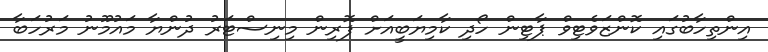
އިންތިހާބުގައި ކޮންޒަވެޓިވް ޕާޓިން ހޯދި ކާމިޔަބީއަށް ފޮރިން މިނިސްޓަރު ދުންޔާ މައުމޫނު މަރުހަބާ